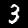
Label: 3